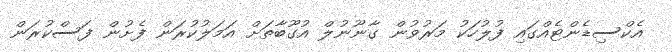
އެކްސިޑެންޓެއްގައި ފުލުހަކު މަރުވުން ގާނޫނުލް އުގޫބާތަށް އަމަލުކުރަން ފެށުން ފަސްކުރަން